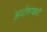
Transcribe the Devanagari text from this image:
अर्धलष्करी